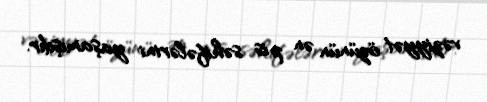
vəziyyət özünün ən pis səhifələrini yaşamışdır.